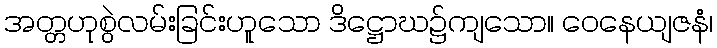
အတ္တဟုစွဲလမ်းခြင်းဟူသော ဒိဋ္ဌောဃ၌ကျသော။ ဝေနေယျဇနံ၊